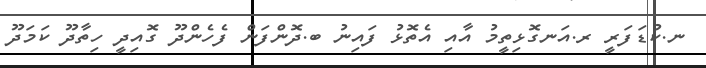
ނ.ކުޑަފަރީ ރ.އަނގޮޅިތީމު އާއި އެތޮޅު ފައިނު ބ.ދޮންފަން ފެހެންދޫ ގޮއިދީ ހިތާދޫ ކަމަދޫ